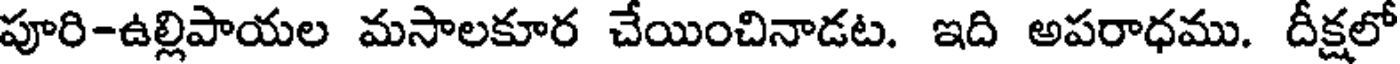
పూరి-ఉల్లిపాయల మసాలకూర చేయించినాడట. ఇది అపరాధము. దీక్షలో